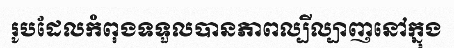
រូបដែលកំពុងទទួលបានភាពល្បីល្បាញនៅក្នុង